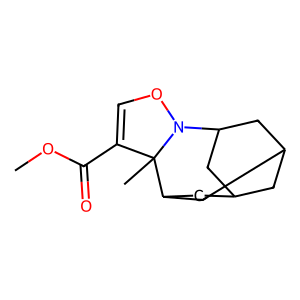
SMILES: COC(=O)C1=CON2C3CC4CC(C3)CC(C4)C12C
Inhibits HIV replication: No